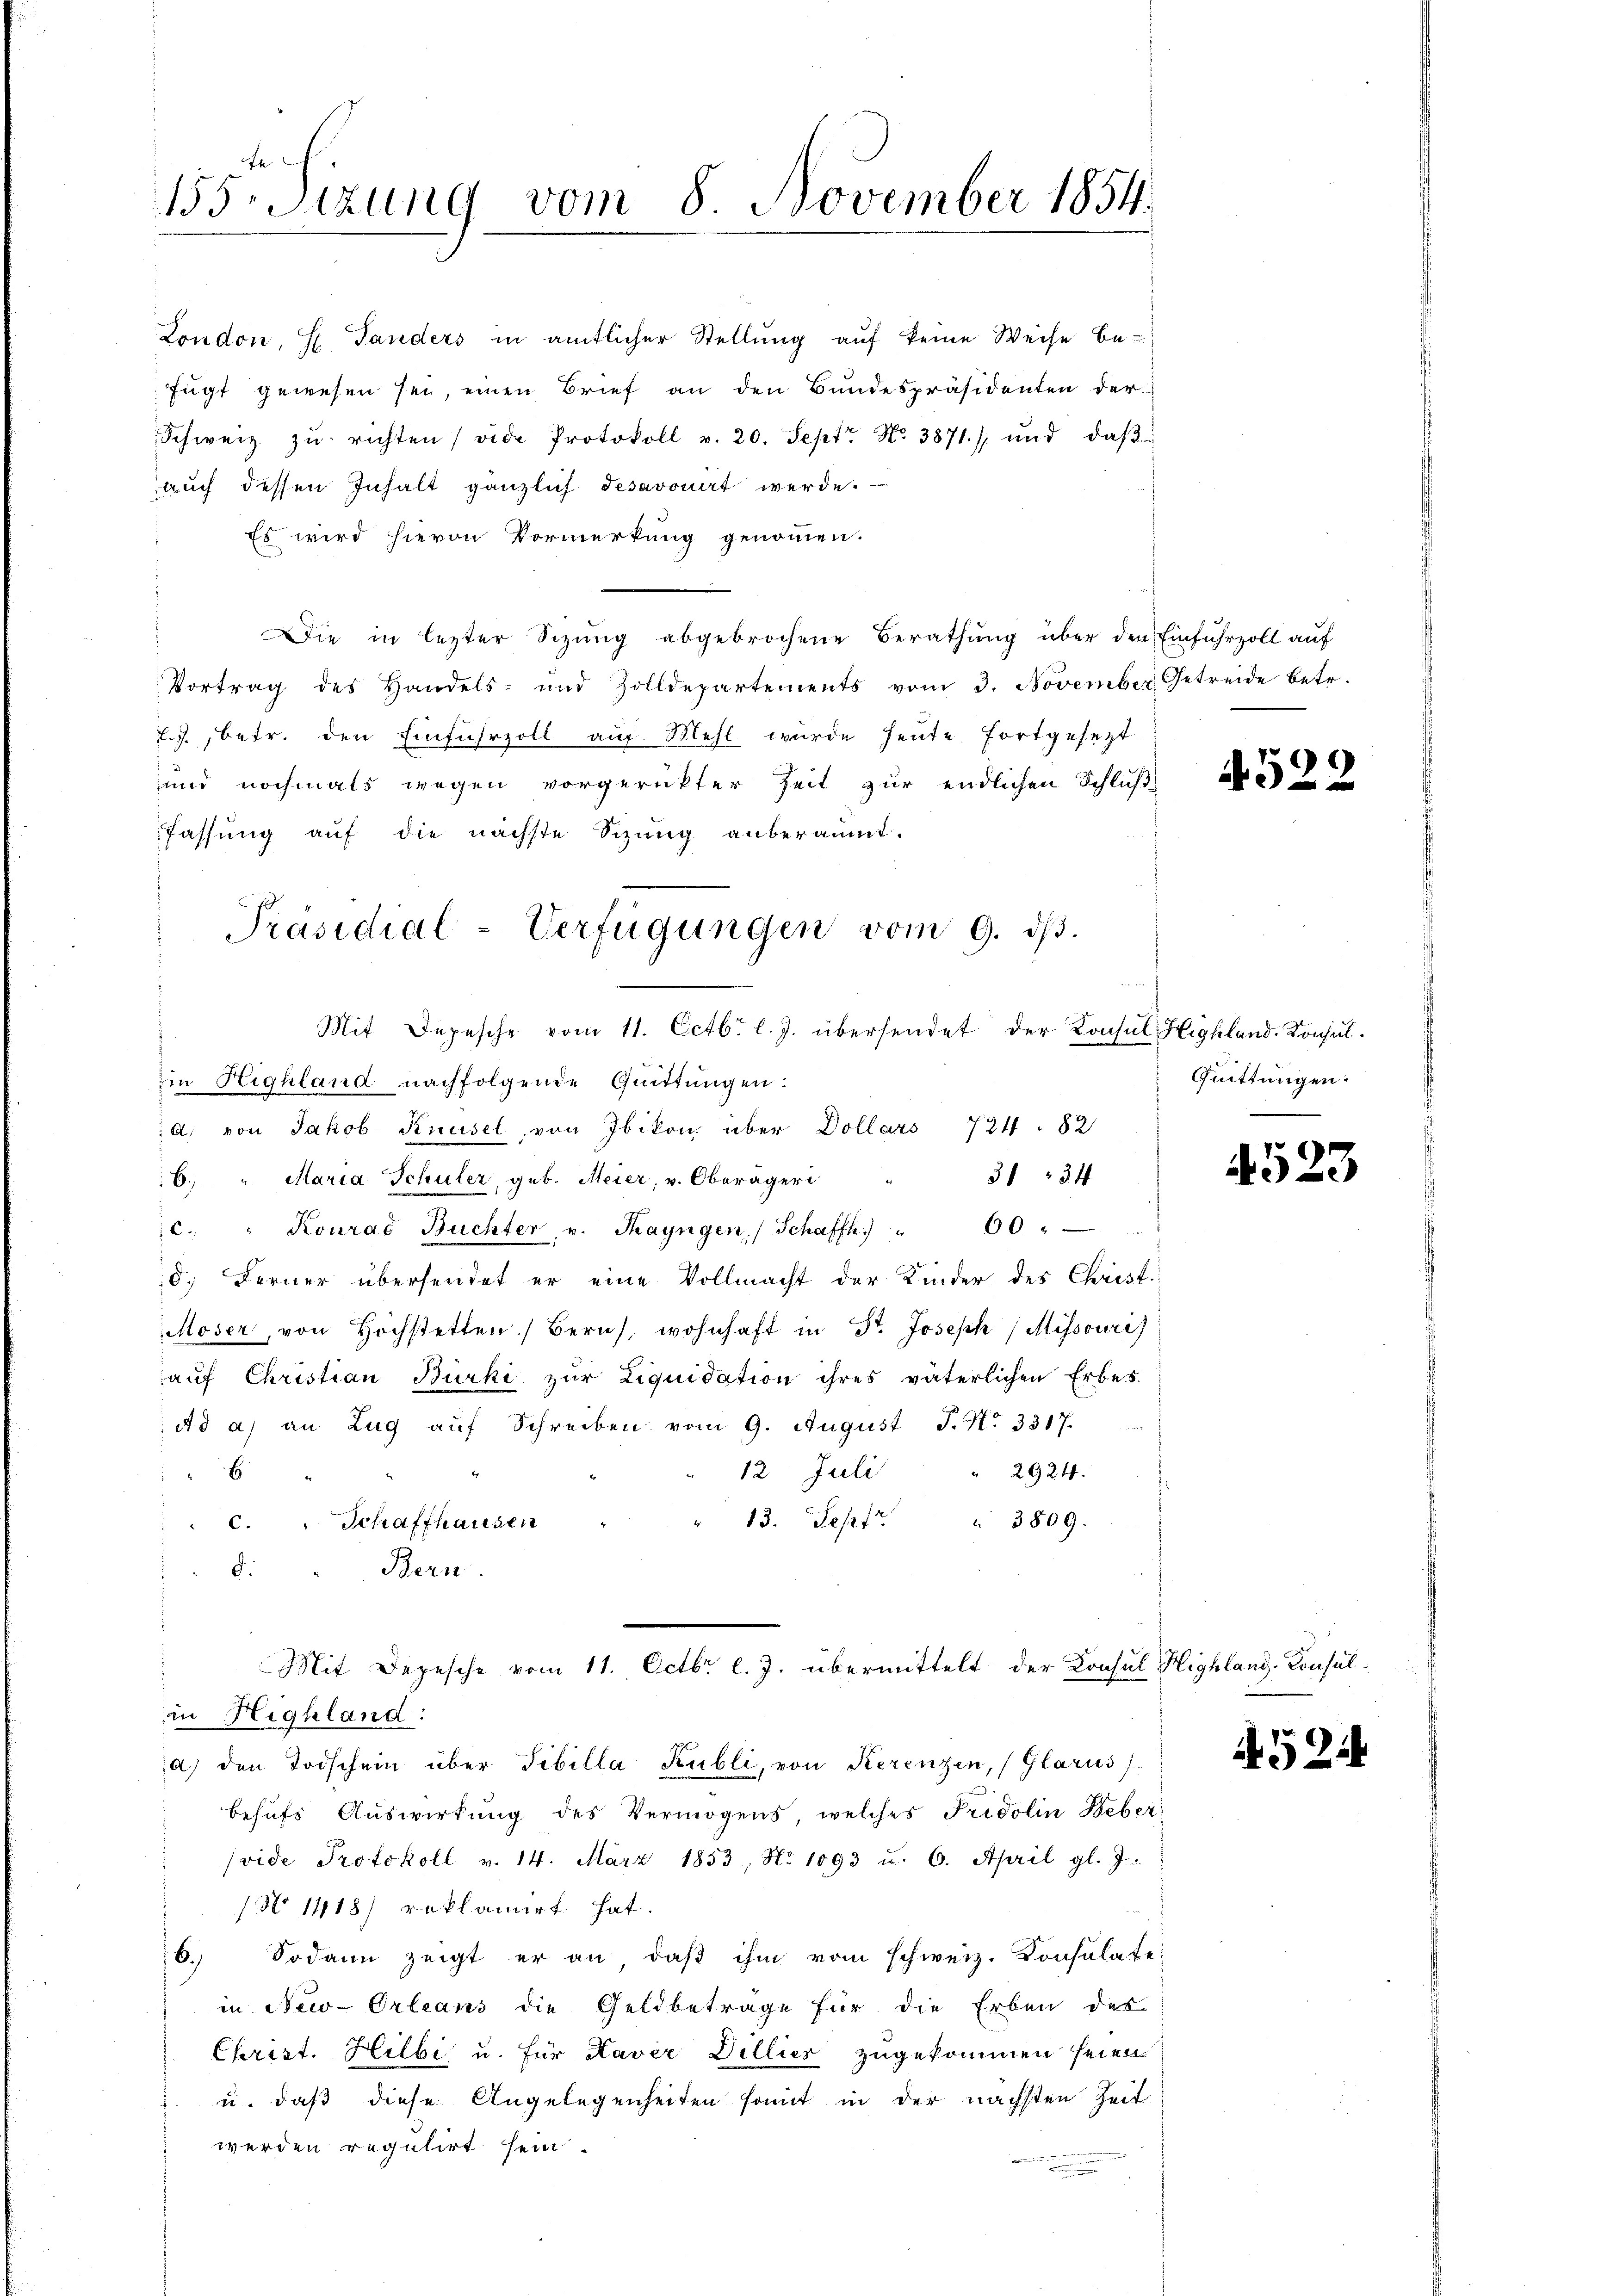
155. Sitzung vom 8 November 1854.

London, H. Panders in amtlicher Stellung auf keine Weise be-
fugt gewesen sei, einen Brief an den Bundespräsidenten der
Schweiz. zŭ richten vide Protokoll v. 20. Sept No. 3871) und daβ
auch dessen Inhalt gänzlich desaronirt werde.
Es wird hievon Vormerkung genommen.
Die in lezter Sizŭng abgebrochene Berathung über den Einfuhrzoll auf
Vortrag des Handels- und Zolldepartements vom 3. November Getreide betr.
L.J. betr. den Einfuhrzoll auf Mehl wurde heute fortgesezt
und nochmals wegen vorgerückter Zeit zur endlichen Schluß
fassung auf die nächste Sizŭng anberaumt.
Mit Depesche vom 11. Octbr. l. J. übersendet der Konsul Highland. Konsul¬
Ein Highland nachfolgende Quittungen:
A. von Jakob Knüsel von Ibikon über Dollars 724. 82
31 : 34
6. " Maria Schuler, geb. Meier, v. Oberägeri
c. " Konrad Büchter, u. Thayngen, Schaffh) " 00 "
8. Ferner übersendet er eine Vollmacht der Kinder des Christ
Moser, von Hochstetten) Bern, wohnhaft in St. Joseph Missouri)
aŭf Christian Bürki zur Liquidation ihres väterlichen Erbes-
Ad a) an Zŭg aŭf Schreiben vom 9. August J. N. 3317.
" 2924.
12. Juli
E
3809.
" 13. Sept
c. " Schaffhausen
d.
Bern.
Mit Depesche vom 11. Octbr. l. J. übermittelt der Konsul Highlang-Consulin Highland:
a) den Todschein über Tibilla Kubli, von Kerenzen, (Glarus)
behŭfs Auswirkung des Vermögens welches Fridolin Weber
(vide Protokoll v. 14. März 1853, No 1093 u. 6. April gl. J.
1 No 1418) reklamirt hat.
6. Sodann zeigt er an daß ihm vom schweiz. Konsulate
in New-Orleans die Geldbetrage für die Erben des
Christ. Hilbe u. für Kaver Dillies zugekommen seien.
u. daß diese Angelegenheiten somit in der nächsten Zeit
werden regulirt sein.

Präsidial-Verfügungen vom 9. dβ.
.

Quittungen.

4529

4523

4524